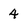
Character: 4